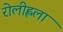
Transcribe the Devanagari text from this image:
रोलीह्लला